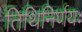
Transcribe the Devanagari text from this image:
तिथिनिर्णयः